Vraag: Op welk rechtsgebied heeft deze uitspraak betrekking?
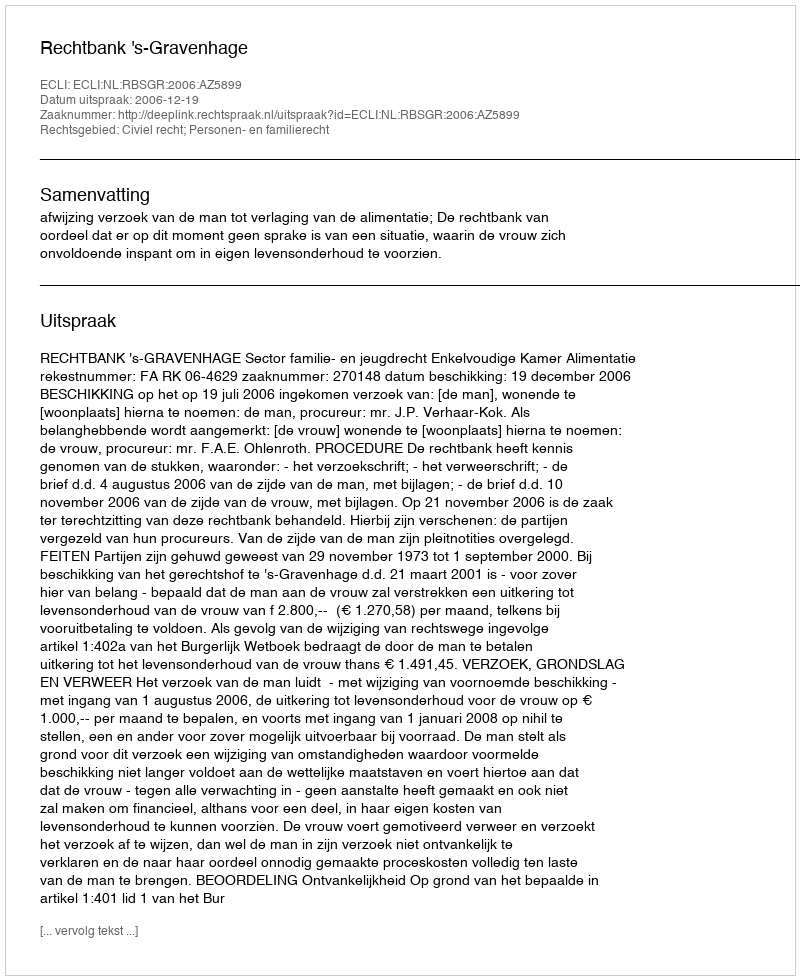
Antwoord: Civiel recht; Personen- en familierecht